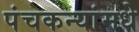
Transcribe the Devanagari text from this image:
पंचकन्यांमधे